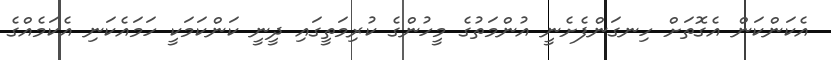
އެކަންކަން އެގޮތަށް ހިނގަންފެށެނީ އުންމަތުގެ މީހުންގެ ކުރިމަތީގައި ދީނީ ކަންކަމަކީ ހަމައެކަނި އެކަމެއްގެ